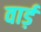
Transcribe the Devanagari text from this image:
वार्ड़